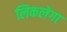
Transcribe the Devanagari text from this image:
लिकलेगा